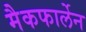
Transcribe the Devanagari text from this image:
मैकफार्लेन